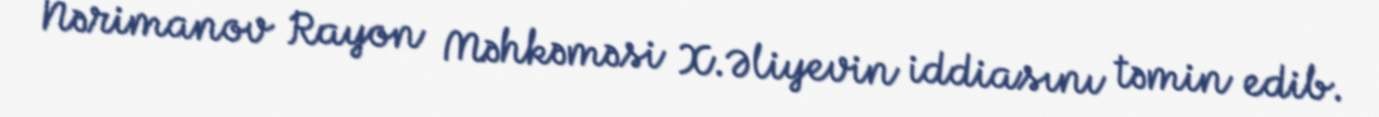
Nərimanov Rayon Məhkəməsi X.Əliyevin iddiasını təmin edib.